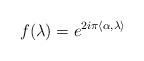
LaTeX: \begin{align*}f(\lambda)=e^{2i\pi\langle\alpha,\lambda\rangle}\end{align*}